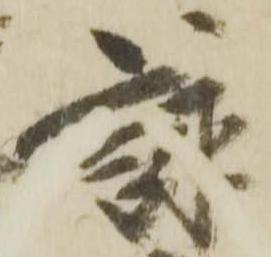
詠